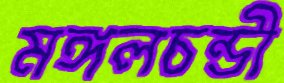
মঙ্গলচন্ডী